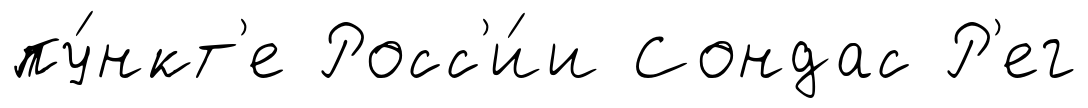
пу́нкт'е Росс'и́и Сондас Р'ег